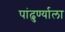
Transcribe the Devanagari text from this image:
पांढुर्ण्याला